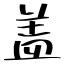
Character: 盖